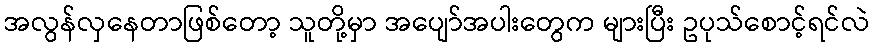
အလွန်လှနေတာဖြစ်တော့ သူတို့မှာ အပျော်အပါးတွေက များပြီး ဥပုသ်စောင့်ရင်လဲ